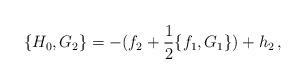
LaTeX: \begin{align*}\{H_0,G_2\}=-(f_2+\frac{1}{2}\{f_1,G_1\}) + h_2\,,\end{align*}